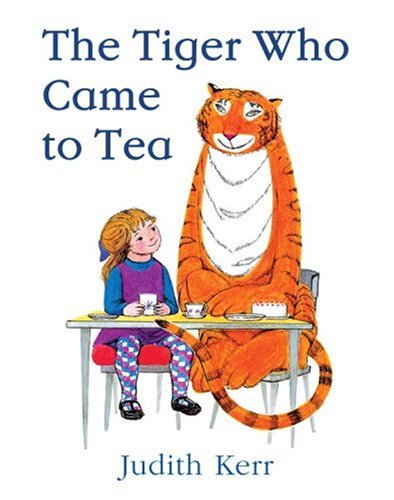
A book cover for The Tiger Who Came to Tea; Judith Kerr; Children's Books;